Problem: 22 + 31 = ?
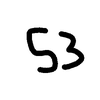
Handwritten answer: 53